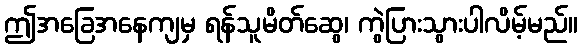
ဤအခြေအနေကျမှ ရန်သူမိတ်ဆွေ၊ ကွဲပြားသွားပါလိမ့်မည်။